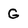
Character: G